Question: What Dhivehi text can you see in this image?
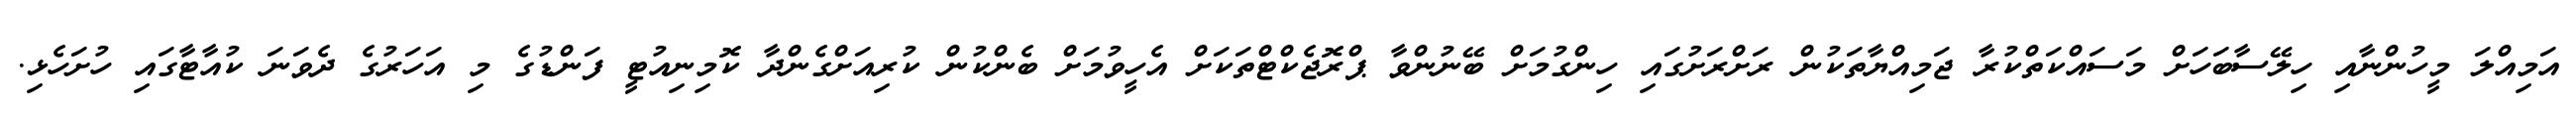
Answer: އަމިއްލަ މީހުންނާއި ހިލޭސާބަހަށް މަސައްކަތްކުރާ ޖަމިއްޔާތަކުން ރަށްރަށުގައި ހިންގުމަށް ބޭނުންވާ ޕްރޮޖެކްޓްތަކަށް އެހީވުމަށް ބެންކުން ކުރިއަށްގެންދާ ކޮމިނިއުޓީ ފަންޑުގެ މި އަހަރުގެ ދެވަނަ ކުއާޓާގައި ހުށަހެޅި.